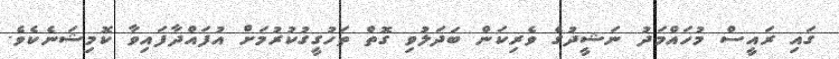
ގައި ރައީސް މުހައްމަދު ނަޝީދުގެ ވެރިކަން ބަދަލުވި ގޮތް ތަހުގީގުކުރުމަށް އުފައްދާފައިވާ ކޮމިޝަނެކެވެ.